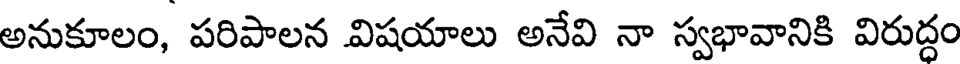
అనుకూలం, పరిపాలన విషయాలు అనేవి నా స్వభావానికి విరుద్ధం